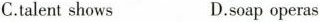
C.talent shows D.soap operas